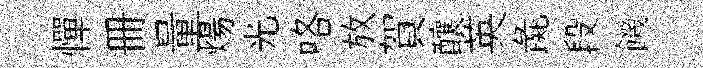
憚册量煬光咯放賀釀英彘段饑